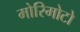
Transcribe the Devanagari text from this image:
मोरिमोटो